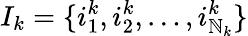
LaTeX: I_{k}=\{ i_{1}^{k},i_{2}^{k},\ldots,i_{\mathbb{N}_{k}}^{k}\}